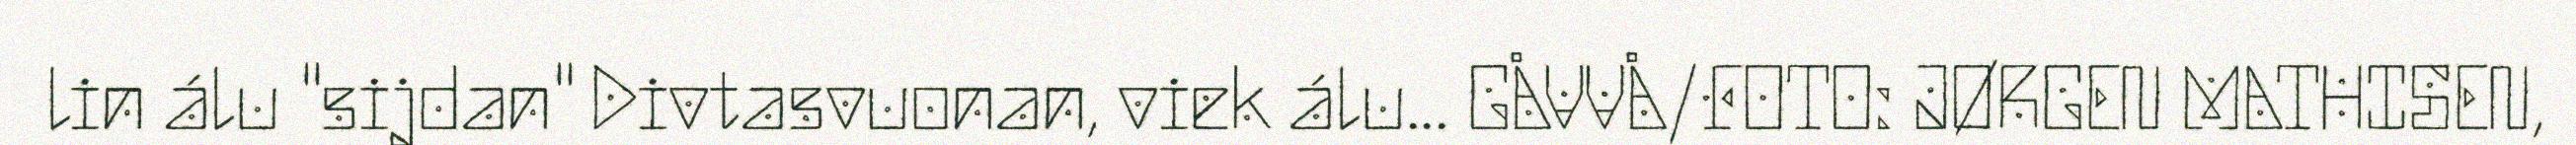
lin álu "sijdan" Divtasvuonan, viek álu... GÅVVÅ/FOTO: JØRGEN MATHISEN,